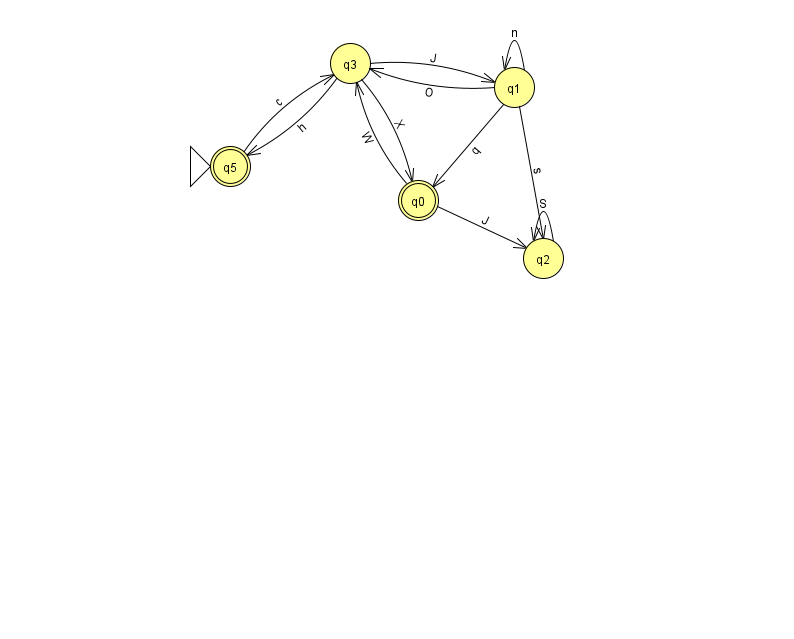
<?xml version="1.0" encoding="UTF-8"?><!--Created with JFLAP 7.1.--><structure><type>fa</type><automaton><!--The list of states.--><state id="0" name="q0"><x>418.0</x><y>187.0</y><final/></state><state id="1" name="q1"><x>514.0</x><y>74.0</y></state><state id="2" name="q2"><x>543.0</x><y>245.0</y></state><state id="3" name="q3"><x>350.0</x><y>50.0</y></state><state id="5" name="q5"><x>230.0</x><y>153.0</y><initial/><final/></state><!--The list of transitions.--><transition><from>0</from><to>3</to><read>W</read></transition><transition><from>2</from><to>2</to><read>S</read></transition><transition><from>3</from><to>5</to><read>h</read></transition><transition><from>1</from><to>0</to><read>q</read></transition><transition><from>1</from><to>2</to><read>s</read></transition><transition><from>0</from><to>2</to><read>J</read></transition><transition><from>5</from><to>3</to><read>c</read></transition><transition><from>3</from><to>1</to><read>J</read></transition><transition><from>3</from><to>0</to><read>X</read></transition><transition><from>1</from><to>1</to><read>n</read></transition><transition><from>1</from><to>3</to><read>O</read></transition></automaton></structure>